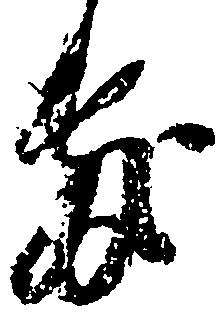
敷